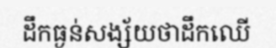
ដឹកធ្ងន់សង្ស័យថាដឹកឈើ